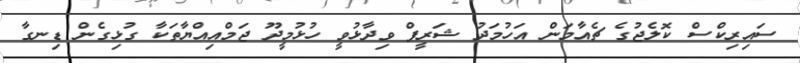
ސައިރިކްސް ކޮލެޖުގެ ޗެއާމަން އަހުމަދު ޝަރީފް ވިދާޅުވީ ހުޅުމީދޫ ޖަމްއިއްޔާތަކާ ގުޅިގެން ޑިނގާ